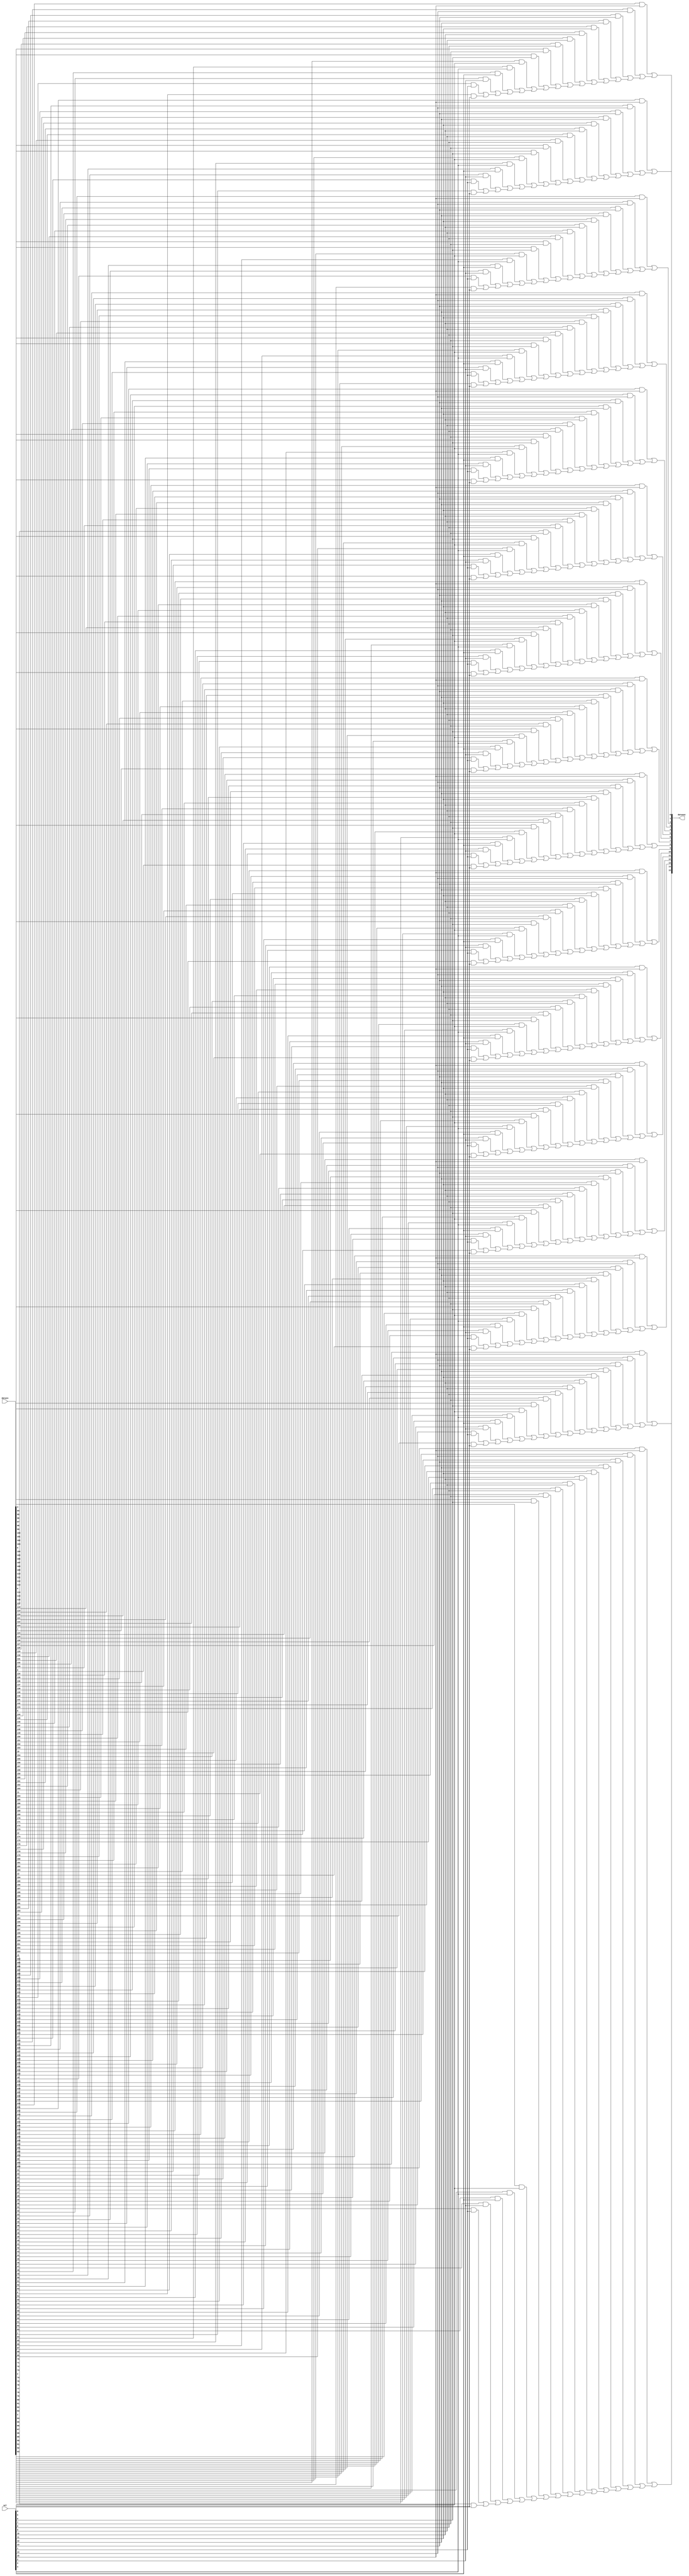

module gmux_one_hot_cfg (/*AUTOARG*/
   // Outputs
   dataout, 
   // Inputs
   datain, sel
   );


/****************************************************** PARAMETERS ************************************************************/
// synopsys template
 parameter WIDTH = 16;
 parameter DEPTH = 16;

/******************************************************** INPUTS **************************************************************/

 input  [DEPTH*WIDTH-1:0] datain;  // mux datain 
 input  [DEPTH-1:0] sel;           // mux select 


/******************************************************** OUTPUTS *************************************************************/

 output [WIDTH-1:0] dataout;  // mux dataout

/*************************************************** WIRE DECLARATIONS ********************************************************/

 integer d;   // depth   
 integer w;   // width   
 integer d1;  // depth 1 
 integer w1;  // width 1 


/**************************************************** REG DECLARATIONS ********************************************************/

 reg [DEPTH*WIDTH-1:0] datain_tmp;  // datain bus anded with the selects inputs
 reg [WIDTH-1:0] dataout;           // mux dataout

/*************************************************** END OF DECLARATIONS ******************************************************/


// ******************************************************************
// And the selects with the datain bus
// ******************************************************************

 always @(datain or sel)
  for (d=0; d<DEPTH; d=d+1)
   for (w=0; w<WIDTH; w=w+1)
    datain_tmp[w+(d*WIDTH)] = datain[w+(d*WIDTH)] & sel[d];

// ******************************************************************
// Or of datain_tmp bus
// ******************************************************************

 always @(datain_tmp or dataout)
  begin
   dataout = datain_tmp[WIDTH-1:0];
   for (w1=0; w1<WIDTH; w1=w1+1)
    for (d1=1; d1<DEPTH; d1=d1+1)
     dataout[w1] = datain_tmp[w1+d1*WIDTH] | dataout[w1];
  end

endmodule